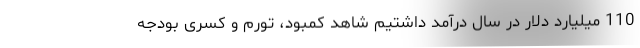
110 میلیارد دلار در سال درآمد داشتیم شاهد کمبود، تورم و کسری بودجه